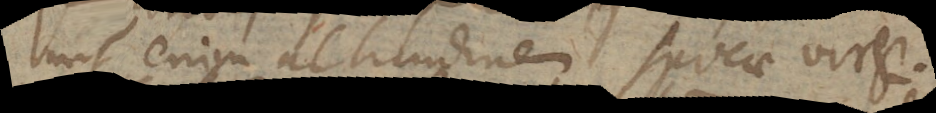
nit enim altitudinem Spicae Virgi-